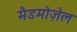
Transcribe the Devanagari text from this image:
मैडमोज़ेल